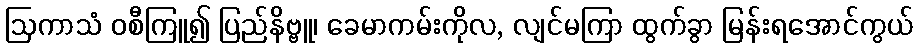
ဩကာသံ ဝစီကြူ၍ ပြည်နိဗ္ဗူ၊ ခေမာကမ်းကိုလ, လျင်မကြာ ထွက်ခွာ မြန်းရအောင်ကွယ်